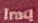
Iraq